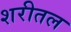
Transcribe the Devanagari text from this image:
शरीतल